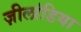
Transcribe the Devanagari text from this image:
ज़ीलांडिया